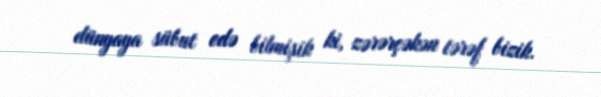
dünyaya sübut edə bilmişik ki, zərərçəkən tərəf bizik.